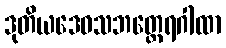
ဒုတိယဒေဝသဘတ္ထေရဂါထာ